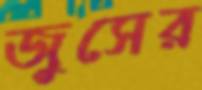
জুসের